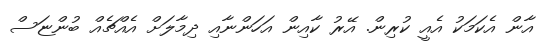
އާން އެކަމަކު އެއީ ކުރިން. އޭރު ކާއިން އަހަންނާއި ދިމާލަށް އެއްޗެއް ބުންޏަސް